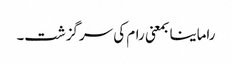
راماینا بمعنی رام کی سرگزشت۔